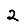
Digit: 2